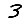
Digit: 3